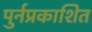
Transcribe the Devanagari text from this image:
पुर्नप्रकाशित